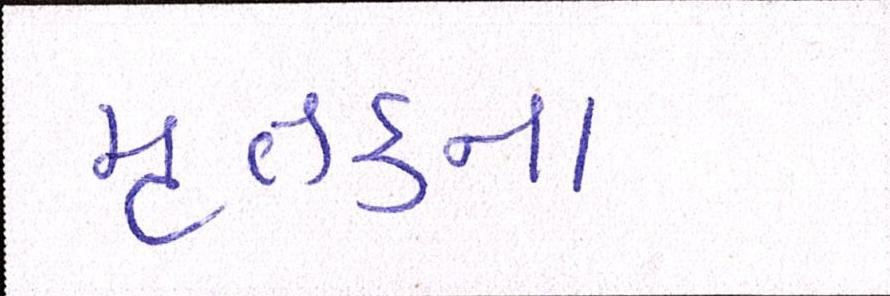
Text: મૃતકના